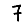
Digit: 7